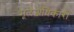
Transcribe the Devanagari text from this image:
मूलअधिकारों